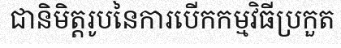
ជានិមិត្តរូបនៃការបើកកម្មវិធីប្រកួត